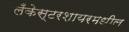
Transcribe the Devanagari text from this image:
लँकेस्टरशायरमधील